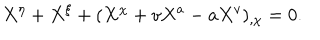
X ^ { \eta } + X ^ { \xi } + ( X ^ { \chi } + v X ^ { a } - a X ^ { v } ) _ { , \chi } = 0 .